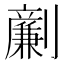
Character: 𠠟